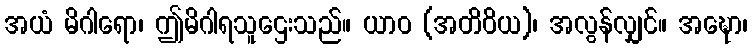
အယံ မိဂါရော၊ ဤမိဂါရသူဌေးသည်။ ယာဝ (အတိဝိယ)၊ အလွန်လျှင်။ အဍ္ဎော၊